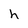
Character: h